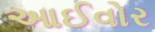
આઈવોર